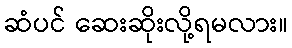
ဆံပင် ဆေးဆိုးလို့ရမလား။